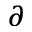
\partial ^ { \aa }